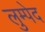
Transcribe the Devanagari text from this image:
लुम्पेद